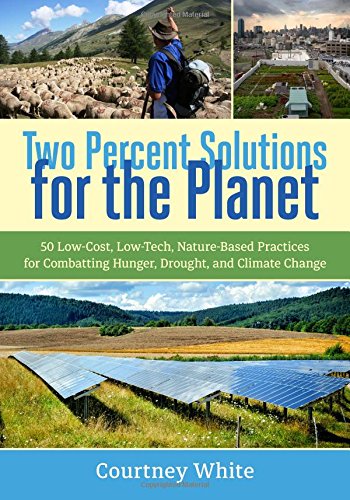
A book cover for Two Percent Solutions for the Planet: 50 Low-Cost, Low-Tech, Nature-Based Practices for Combatting Hunger, Drought, and Climate Change; Courtney White; Science & Math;